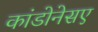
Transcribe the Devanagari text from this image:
कांडोनेसए